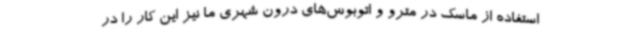
استفاده از ماسک در مترو و اتوبوس‌های درون شهری ما نیز این کار را در